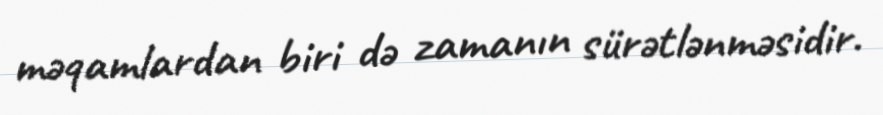
məqamlardan biri də zamanın sürətlənməsidir.